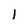
Character: l